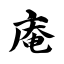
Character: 庵